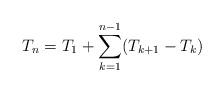
LaTeX: \begin{align*}T_n=T_1 +\sum_{k=1}^{n-1} (T_{k+1}-T_k)\end{align*}